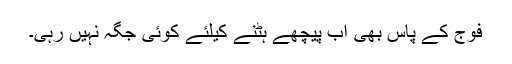
فوج کے پاس بھی اب پیچھے ہٹنے کیلئے کوئی جگہ نہیں رہی۔